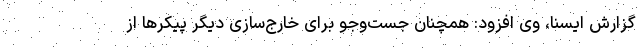
گزارش ایسنا، وی افزود: همچنان جست‌وجو برای خارج‌سازی دیگر پیکرها از